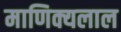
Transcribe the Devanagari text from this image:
माणिक्यलाल